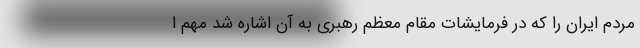
مردم ایران را که در فرمایشات مقام معظم رهبری به آن اشاره شد مهم ا